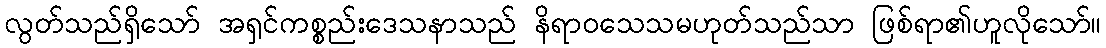
လွတ်သည်ရှိသော် အရှင်ကစ္စည်းဒေသနာသည် နိရာဝသေသမဟုတ်သည်သာ ဖြစ်ရာ၏ဟူလိုသော်။